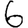
Digit: 6